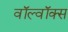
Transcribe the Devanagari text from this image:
वॉल्वॉक्स